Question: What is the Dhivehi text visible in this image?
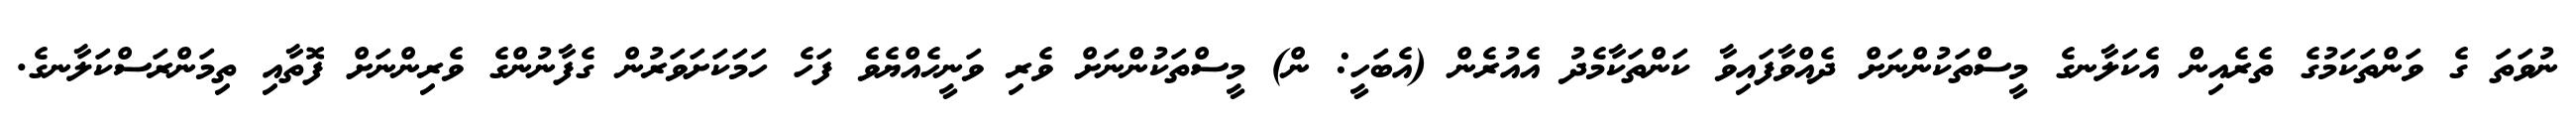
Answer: ނުވަތަ ގެ ވަންތަކަމުގެ ތެރެއިން އެކަލާނގެ މީސްތަކުންނަށް ދެއްވާފައިވާ ކަންތަކާމެދު އެއުރެން (އެބަހީ: ން) މީސްތަކުންނަށް ވެރި ވަނީހެއްޔެވެ ފަހެ ހަމަކަށަވަރުން ގެފާނުންގެ ވެރިންނަށް ފޮތާއި ތިމަންރަސްކަލާނގެ.